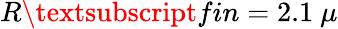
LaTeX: R\textsubscript{fin}=2.1~\mu